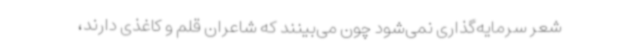
شعر سرمایه‌گذاری نمی‌شود چون می‌بینند که شاعران قلم و کاغذی دارند،